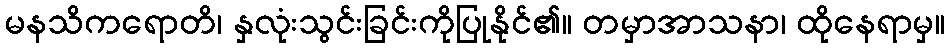
မနသိကရောတိ၊ နှလုံးသွင်းခြင်းကိုပြုနိုင်၏။ တမှာအာသနာ၊ ထိုနေရာမှ။